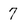
Character: 7